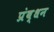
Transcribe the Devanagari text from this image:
प्रंब्धन